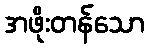
အဖိုးတန်သော